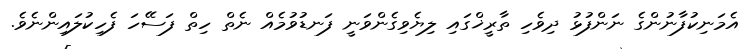
އެމަނިކުފާނުންގެ ނަންފުޅު ދިވެހި ތާރީޚްގައި ލިޔެވިގެންވަނީ ފަނޑުވުމެއް ނެތް ހިތް ފަސޭހަ ފެހިކުލައިންނެވެ.